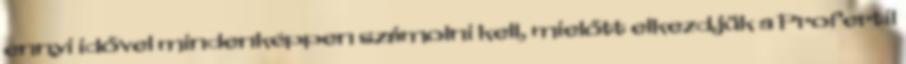
ennyi idővel mindenképpen számolni kell, mielőtt elkezdjük a Profertil